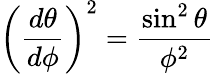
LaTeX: \left({\frac{d\theta}{d\phi}}\right)^{2}={\frac{\sin^{2}\theta}{\phi^{2}}}